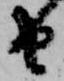
由